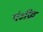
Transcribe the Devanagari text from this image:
पं०प्रिय